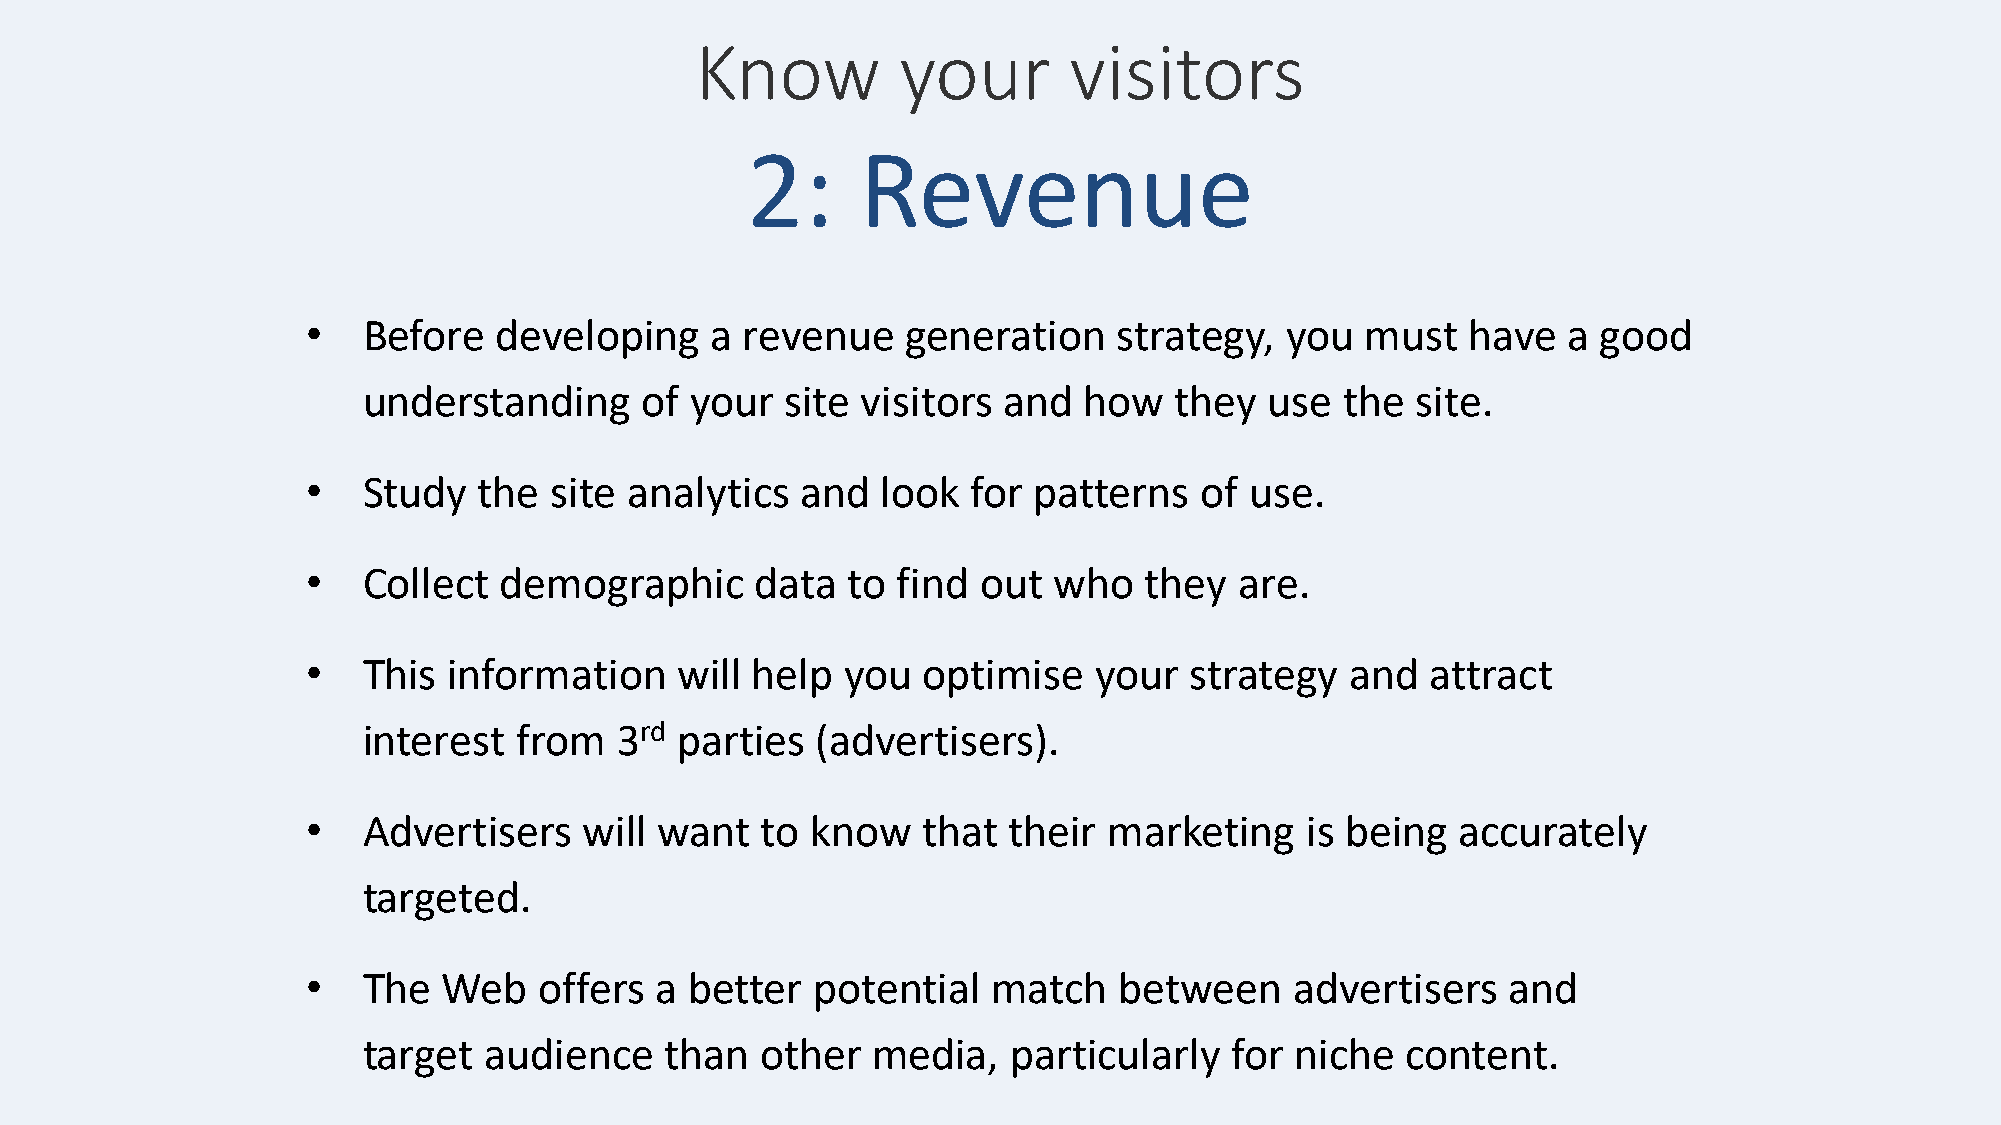
Know          your       visitors
 2:      Revenue
 •   Before   developing    a revenue    generation    strategy,  you  must   have   a good
 understanding     of  your  site visitors and   how   they  use  the  site.
 •   Study   the site  analytics  and  look  for patterns   of  use.
 •   Collect  demographic      data  to find  out  who   they  are.
 •   This  information    will help  you  optimise   your   strategy  and   attract
 interest  from   3rd parties  (advertisers).
 •   Advertisers    will want  to  know   that  their marketing    is being  accurately
 targeted.
 •   The  Web    offers a  better  potential   match   between     advertisers   and
 target  audience    than  other   media,   particularly  for  niche  content.